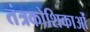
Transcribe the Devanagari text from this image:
तंत्रकोशिकाओं